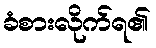
ခံစားလိုက်ရ၏